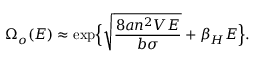
\Omega _ { o } ( E ) \approx \exp \Bigl \{ \sqrt { \frac { 8 a n ^ { 2 } V E } { b \sigma } } + \beta _ { H } E \Bigr \} .